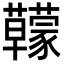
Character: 𧅭